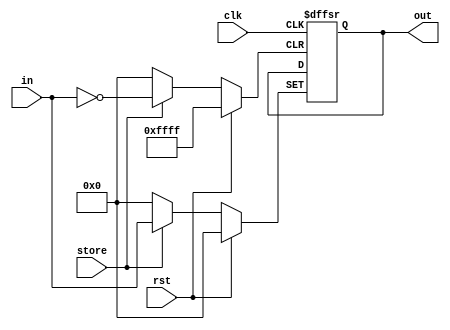
`ifndef __PC_V
`define __PC_V


module pc(in, out, rst, store, clk);
	input [15:0] in;
	input rst;
	input store;
	input clk;
	output reg [15:0] out;
	always @(posedge clk, posedge rst, posedge store)
	begin
		if(rst) out <= 0;
		else 
		begin
			if(store) out <= in;
		end
	end
endmodule

`endif // __PC_V